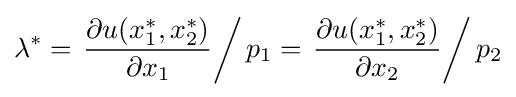
\lambda ^{*}=\left.{\frac {\partial u(x_{1}^{*},x_{2}^{*})}{\partial x_{1}}}\right/p_{1}=\left.{\frac {\partial u(x_{1}^{*},x_{2}^{*})}{\partial x_{2}}}\right/p_{2}